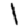
Digit: 1